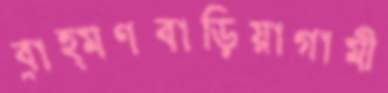
ব্রাহ্মণবাড়িয়াগামী